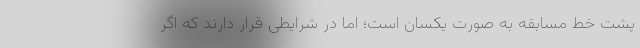
پشت خط مسابقه به صورت یکسان است؛ اما در شرایطی قرار دارند که اگر